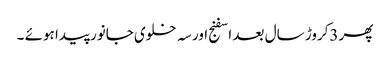
پھر 3کروڑ سال بعد اسفنج اور سہ خلوی جانور پیدا ہوئے ۔